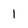
Character: 1